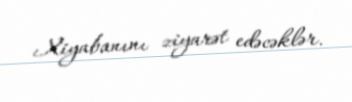
Xiyabanını ziyarət edəcəklər.